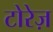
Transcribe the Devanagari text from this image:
टोरेज़